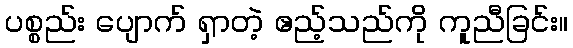
ပစ္စည်း ပျောက် ရှာတဲ့ ဧည့်သည်ကို ကူညီခြင်း။